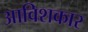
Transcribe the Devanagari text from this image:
आविशकार